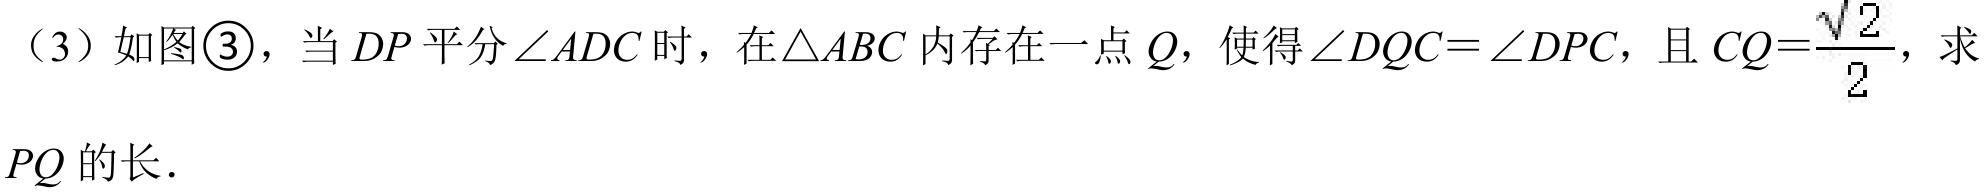
（3）如图\textcircled{3}，当\(DP\)平分\(\angle ADC\)时，在\(\triangle ABC\)内存在一点\(Q\)，使得\(\angle DQC=\angle DPC\)，且\(CQ = \dfrac{\sqrt{2}}{2}\)，求\(PQ\)的长.